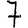
Digit: 7